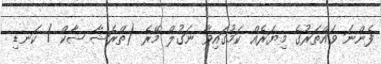
ފެންނަ ވައްތަރުގެ މިޔަރެއް ކަމުގައިވާ ނަގުލް މޭރެ (ތްރެޝާ ޝާކް / ކަނޑި